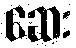
ဆေး